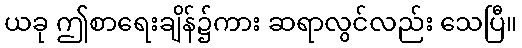
ယခု ဤစာရေးချိန်၌ကား ဆရာလွင်လည်း သေပြီ။